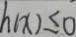
h ( x ) \leq 0